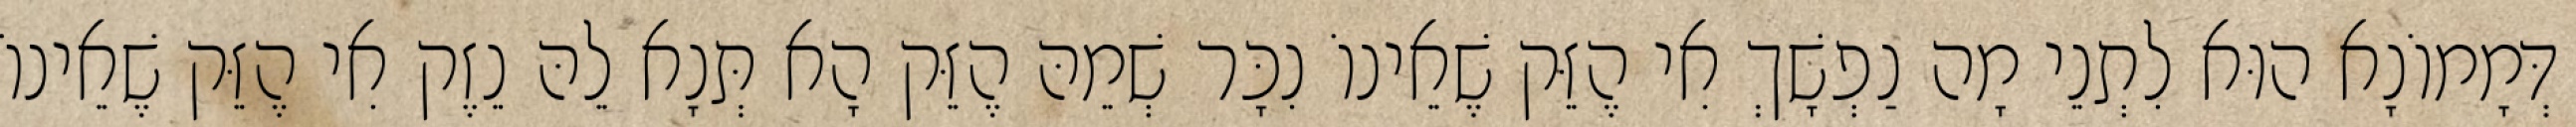
דְּמָמוֹנָא הוּא לִתְנֵי מָה נַפְשָׁךְ אִי הֶזֵּק שֶׁאֵינוֹ נִכָּר שְׁמֵהּ הֶזֵּק הָא תְּנָא לֵהּ נֵזֶק אִי הֶזֵּק שֶׁאֵינוֹ